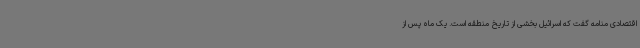
اقتصادی منامه گفت که اسرائیل بخشی از تاریخ منطقه است. یک ماه پس از